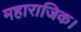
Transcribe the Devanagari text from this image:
महाराजिक।